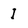
Character: I